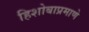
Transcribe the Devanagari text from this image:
हिशोबाप्रमाणे